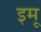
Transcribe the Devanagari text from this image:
इमू